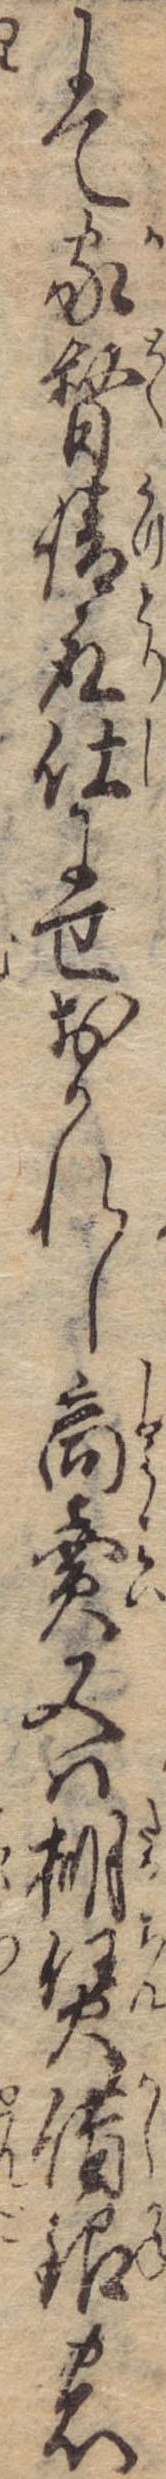
にて家督請取仕にせおかれし商売又は棚賃借銀の